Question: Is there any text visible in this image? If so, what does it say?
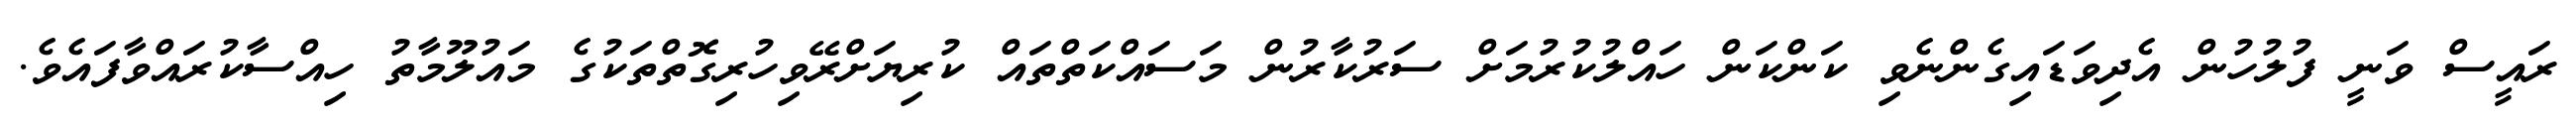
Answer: ރައީސް ވަނީ ފުލުހުން އެދިވަޑައިގެންނެވި ކަންކަން ހައްލުކުރުމަށް ސަރުކާރުން މަސައްކަތްތައް ކުރިޔަށްރޭވިހުރިގޮތްތަކުގެ މައުލޫމާތު ހިއްސާކުރައްވާފައެވެ.